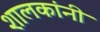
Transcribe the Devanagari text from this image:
शालकांनी